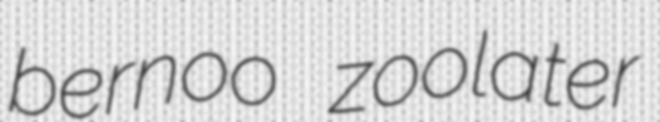
bernoo zoolater